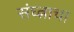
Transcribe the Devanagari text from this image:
संघ्त्नाचा